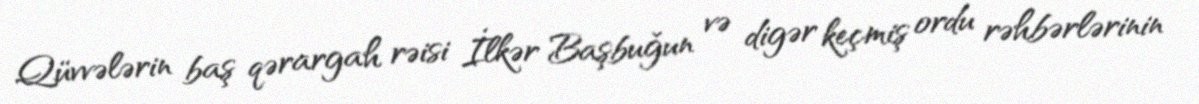
Qüvvələrin baş qərargah rəisi İlkər Başbuğun və digər keçmiş ordu rəhbərlərinin